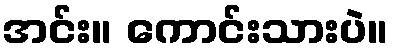
အင်း။ ကောင်းသားပဲ။